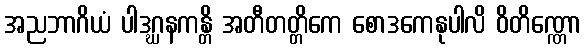
အညဘာဂိယံ ပါဒဂ္ဃနကန္တိ အတီတတ္တိကေ စောဒကေနုပါလိ ဝိတိဏ္ဏော